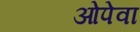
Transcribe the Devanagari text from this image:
ओपेवा